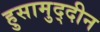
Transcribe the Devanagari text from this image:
हुसामुद्दीन